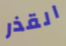
القذر